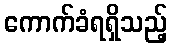
ကောက်ခံရရှိသည့်